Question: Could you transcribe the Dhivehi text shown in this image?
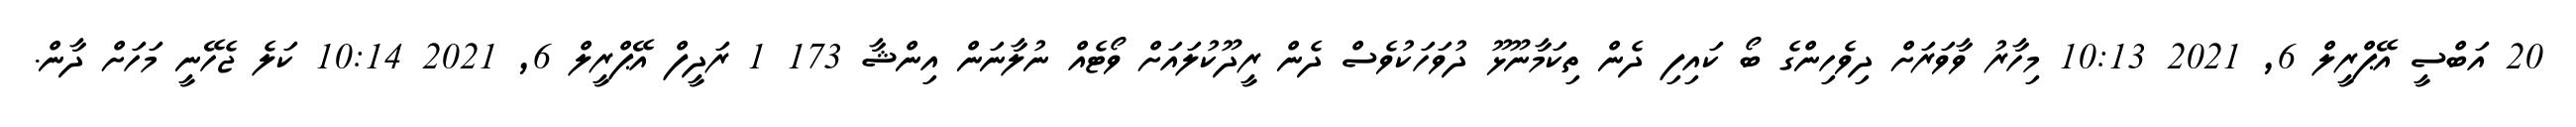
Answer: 20 އަބްސީ އޭޕްރީލް 6, 2021 10:13 މިހާރު ވާވަރަށް ދިވެހިންގެ ބޯ ކައިފި ދެން ތިކަމާނޫޅޫ ދުވަހަކުވެސް ދެން ރީދޫކުލައަށް ވޯޓެއް ނުލާނަން އިންޝާ 173 1 ރަދީފް އޭޕްރީލް 6, 2021 10:14 ކަލެ ޖެހޭނީ މަހަށް ދާން.